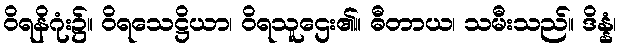
ဝိရနိဂုံး၌။ ဝိရသေဋ္ဌိယာ၊ ဝိရသူဌေး၏။ ဓီတာယ၊ သမီးသည်။ ဒိန္နံ၊